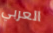
العربي